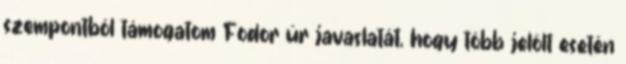
szempontból támogatom Fodor úr javaslatát, hogy több jelölt esetén